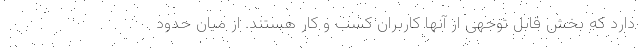
دارد که بخش قابل توجهی از آنها کاربران کسب و کار هستند. از میان حدود